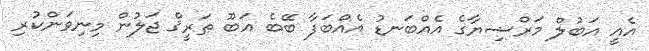
އެއީ އަބުލް މަރްޟިޔާގެ އެއްބަނޑު އެއްބަފާ ބޭބެ އަބޫ ޠަރީޤް ޖަލުން މިނިވަންކުރި